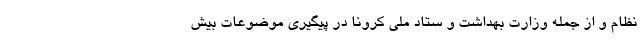
نظام و از جمله وزارت بهداشت و ستاد ملی کرونا در پیگیری موضوعات بیش